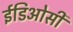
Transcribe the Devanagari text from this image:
ईडिओसी